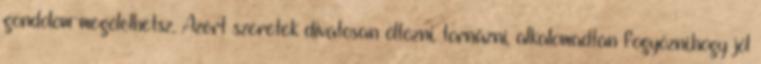
gondolom-megölelhetsz. Azért szeretek divatosan öltözni, tornázni, alkalomadtán fogyózni,hogy jól